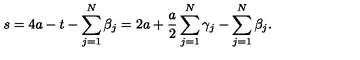
s = 4 a - t - \sum _ { j = 1 } ^ { N } \beta _ { j } = 2 a + \frac { a } { 2 } \sum _ { j = 1 } ^ { N } \gamma _ { j } - \sum _ { j = 1 } ^ { N } \beta _ { j } .